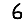
Digit: 6